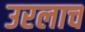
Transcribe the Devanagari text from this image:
उरलाच